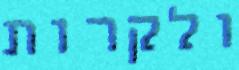
ולקרות